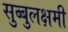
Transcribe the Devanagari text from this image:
सुब्बुलक्षमी